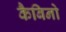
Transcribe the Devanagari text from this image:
कैबिनो